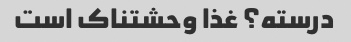
درسته؟ غذا وحشتناک است